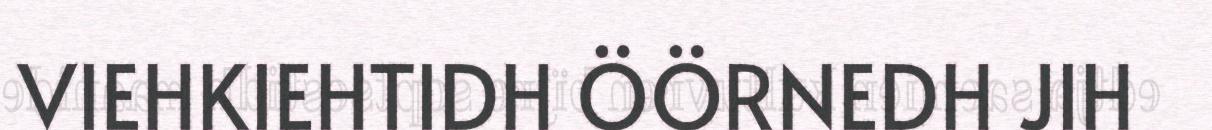
VIEHKIEHTIDH ÖÖRNEDH JIH